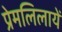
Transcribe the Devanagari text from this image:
प्रेमलिलायें